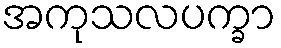
အကုသလပက္ခာ